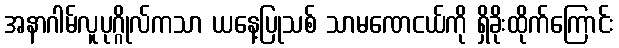
အနာဂါမ်လူပုဂ္ဂိုလ်ကသာ ယနေ့ပြုသစ် သာမဏေငယ်ကို ရှိခိုးထိုက်ကြောင်း